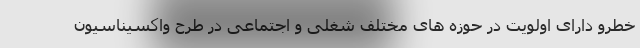
خطرو دارای اولویت در حوزه های مختلف شغلی و اجتماعی در طرح واکسیناسیون